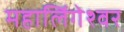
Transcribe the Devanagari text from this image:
महालिंगेश्वर